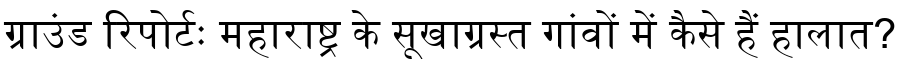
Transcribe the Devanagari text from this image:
ग्राउंड रिपोर्टः महाराष्ट्र के सूखाग्रस्त गांवों में कैसे हैं हालात?